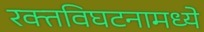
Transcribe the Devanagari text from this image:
रक्तविघटनामध्ये